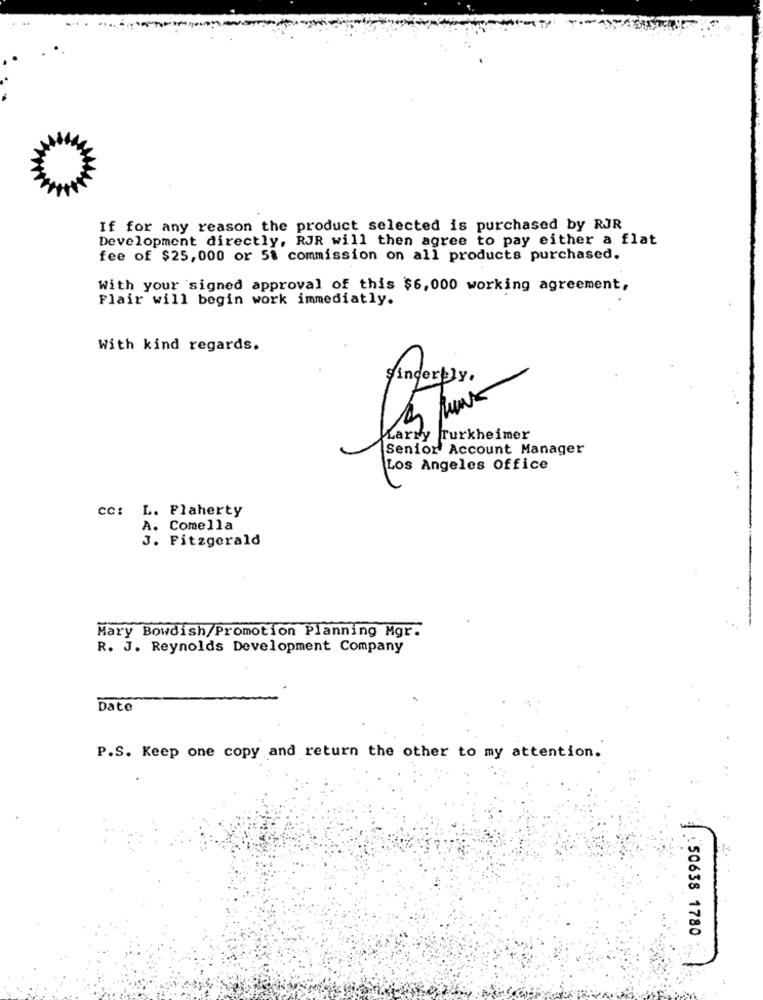
If for any reason the product selected is purchased by RJR
Development directly, RJR will then agree to pay either a flat
fee of $25, 000 or 5% commission on all products purchased.
With your signed approval of this $6,000 working agreement,
Flair will begin work immediatly.
With kind regards.
Sincerely.
Marry Turkheimer
Senior Account Manager
Los Angeles Office
CC: L. Flaherty
A. Comella
J. Fitzgerald
Mary Bowdish/Promotion Planning Mgr.
R. J. Reynolds Development Company
Date
P.S. Keep one copy and return the other to my attention.
:50638 1780